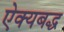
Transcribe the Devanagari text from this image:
ऐक्यबद्ध